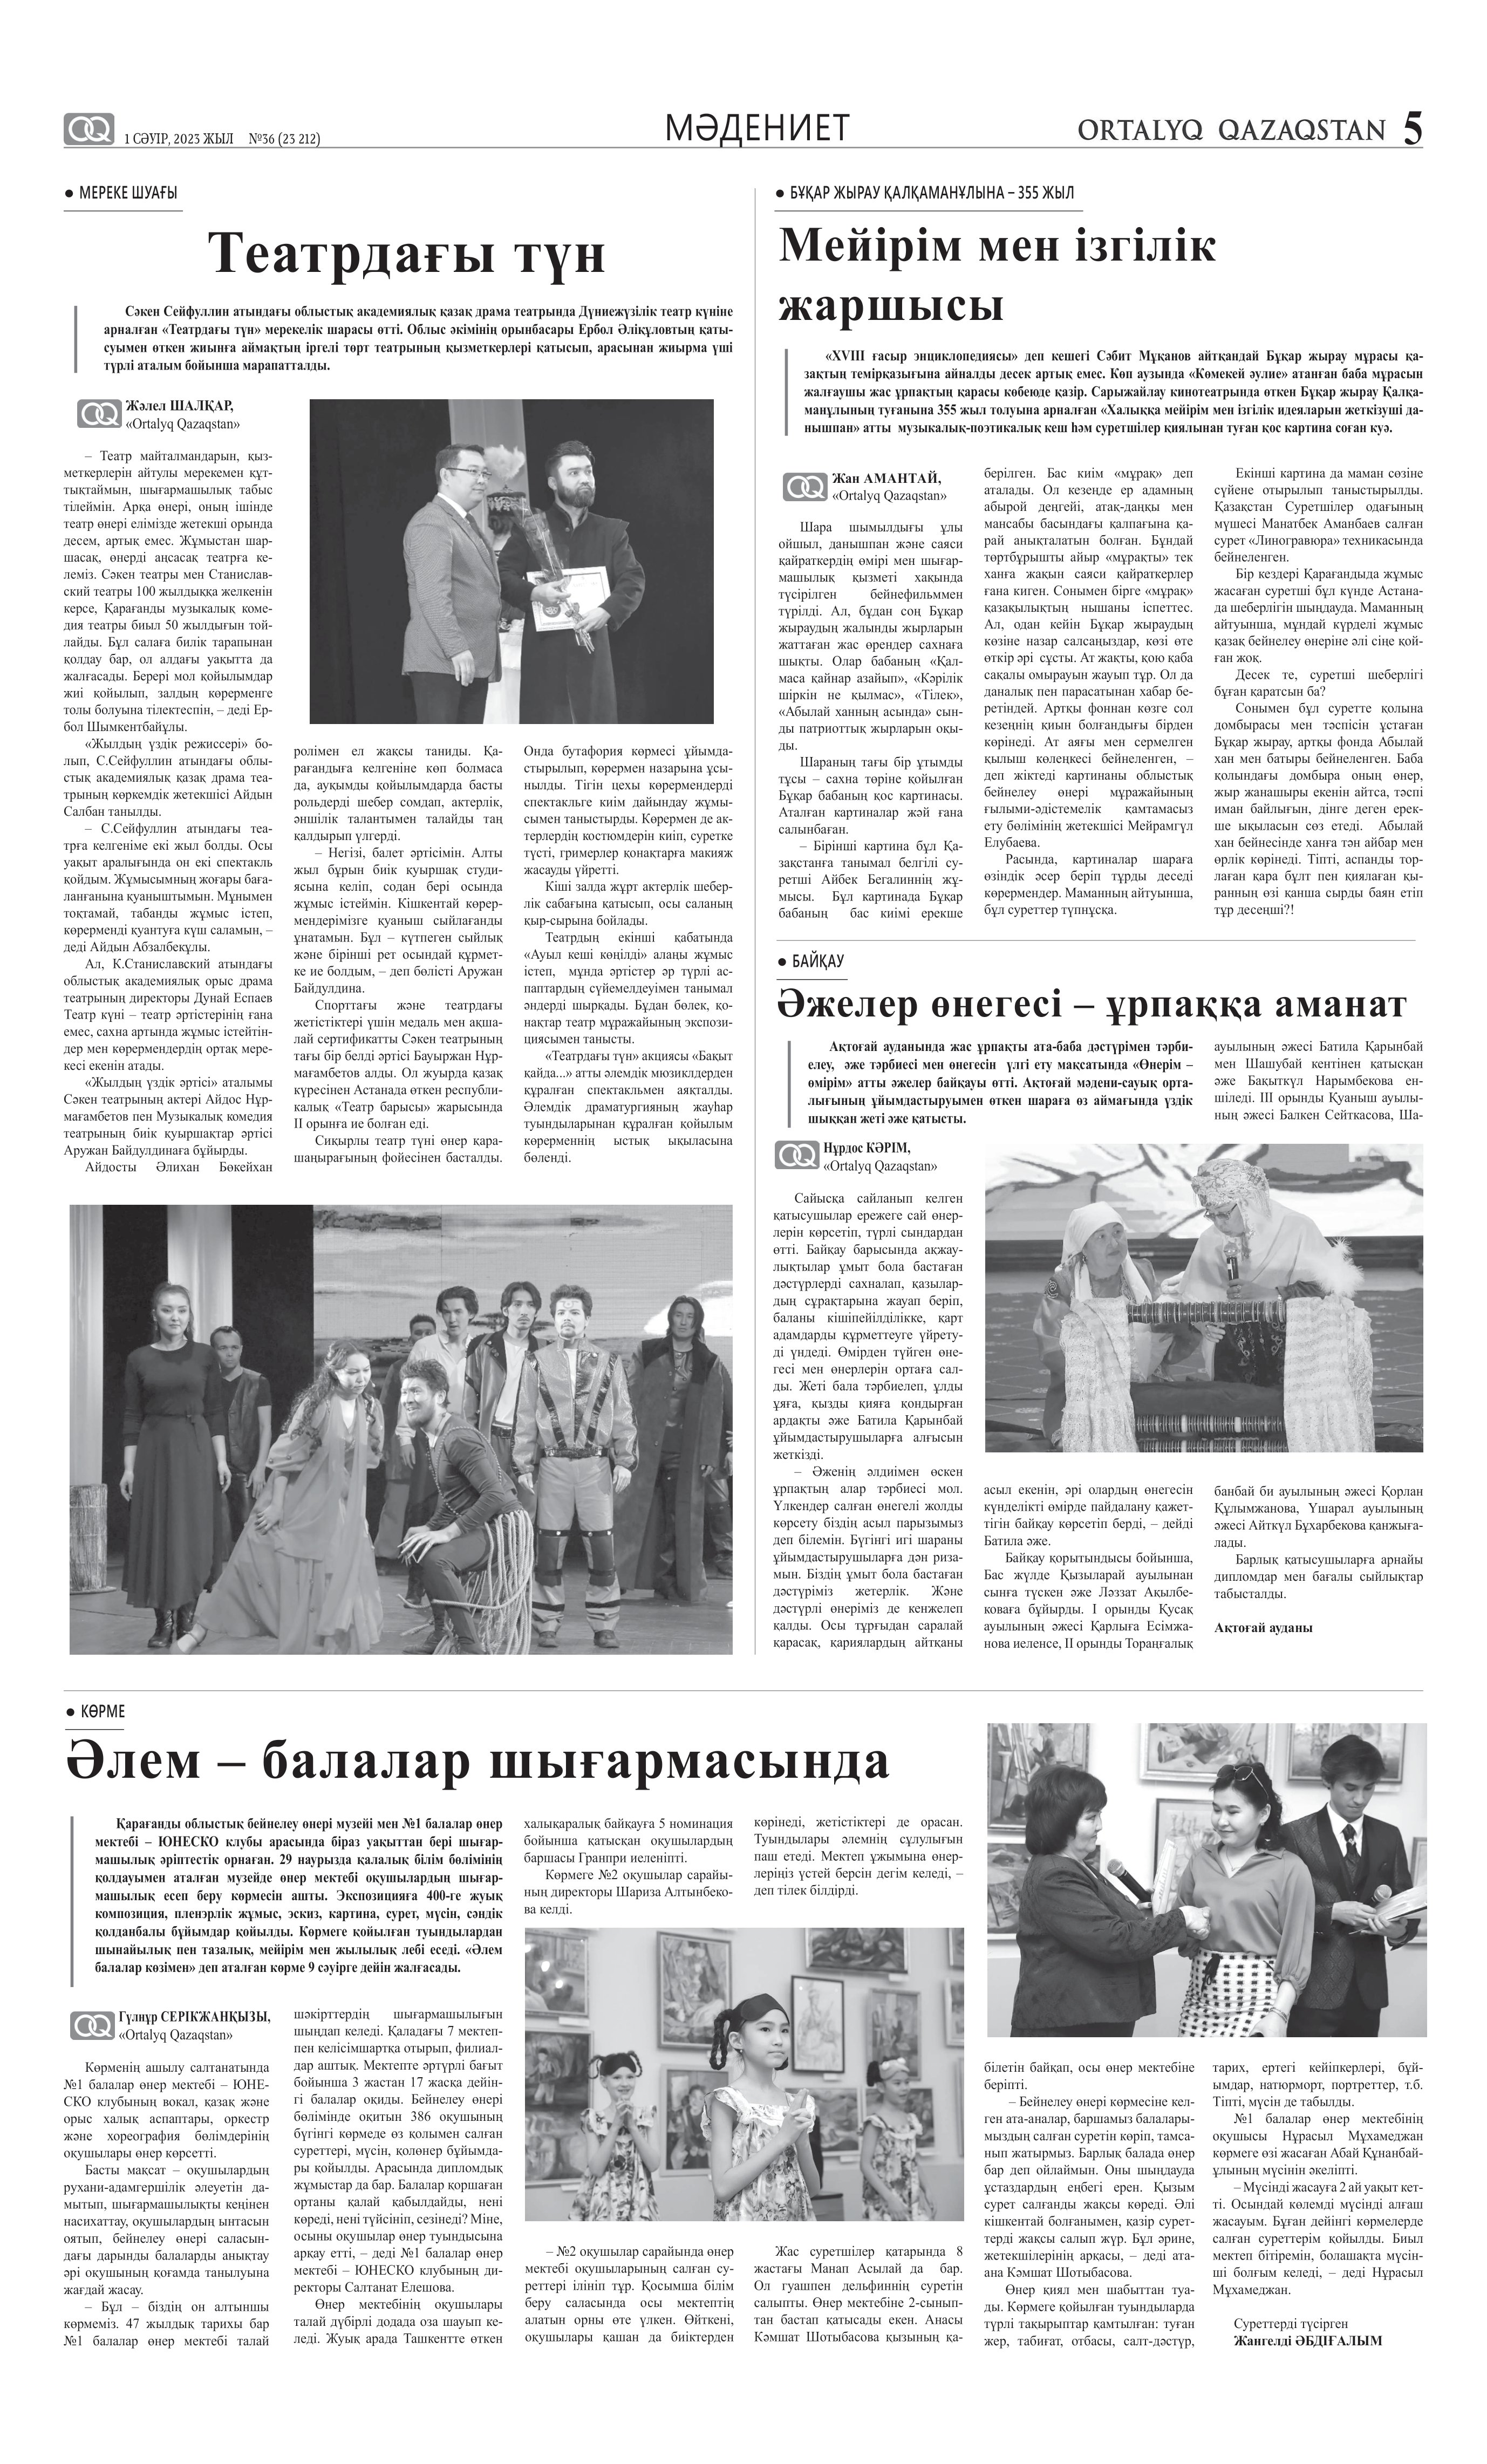
Language: kk